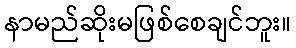
နာမည်ဆိုးမဖြစ်စေချင်ဘူး။